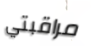
مراقبتي